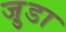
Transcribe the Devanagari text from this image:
जु़डा